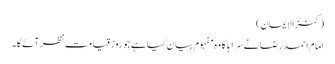
(کنزالایمان)
امام احمد رضا نےسَرَابًا کا وہ مفہوم بیان کیاہے جو روزِقیامت نظرآئےگا۔